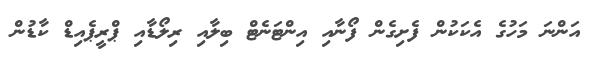
އަންނަ މަހުގެ އެކަކުން ފެށިގެން ފޯނާއި އިންޓަނެޓް ބިލާއި ރިލޯޑާއި ޕްރީޕެއިޑް ކާޑުން